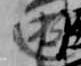
遠